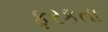
ફરકતા